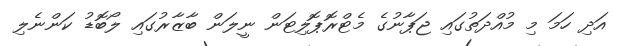
އަދި ހަމަ މި މުއްދަތުގައި ޖަޕާނުގެ މެޓްރޮޕޮލިޓަން ނީލަން ބާޒާރުގައި ލޯބޮޑު ކަންނެލި